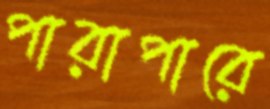
পারাপারে